Treatise on elephants
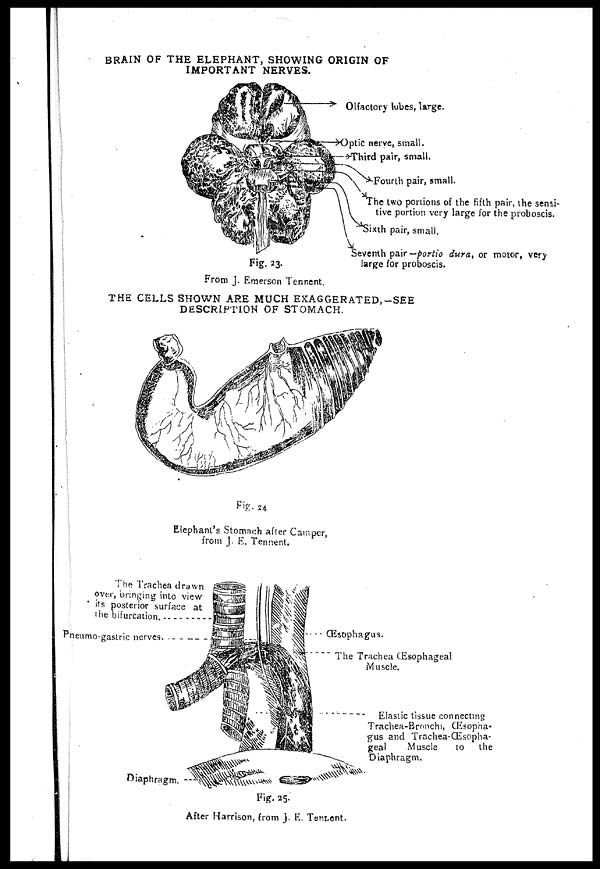
BRAIN OF THE ELEPHANT, SHOWING ORIGIN OF
IMPORTANT NERVES.
Fig. 23.
From J. Emerson Tennent.
THE CELLS SHOWN ARE MUCH EXAGGERATED,––SEE
DESCRIPTION OF STOMACH.
Fig. 24.
Elephant's Stomach after Camper,
from J. E. Tennent.
After Harrison, from J E. Tennent.